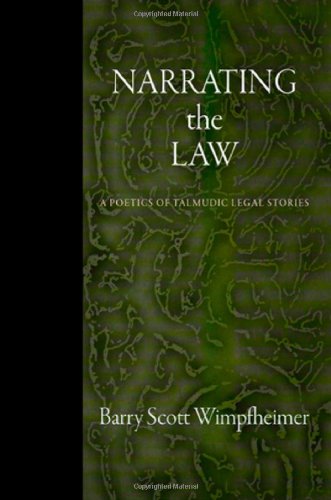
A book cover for Narrating the Law: A Poetics of Talmudic Legal Stories (Divinations: Rereading Late Ancient Religion); Barry Scott Wimpfheimer; Religion & Spirituality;